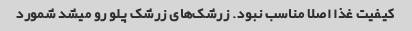
کیفیت غذا اصلا مناسب نبود. زرشک‌های زرشک پلو رو میشد شمورد